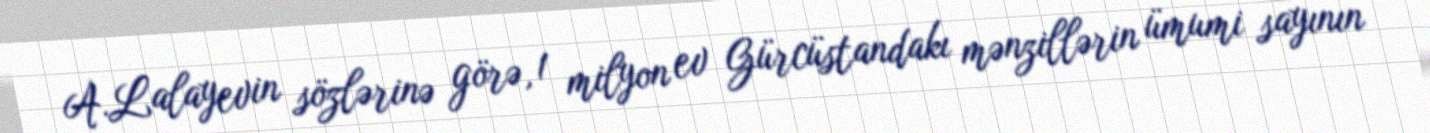
A.Lalayevin sözlərinə görə, 1 milyon ev Gürcüstandakı mənzillərin ümumi sayının